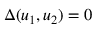
\Delta ( u _ { 1 } , u _ { 2 } ) = 0